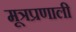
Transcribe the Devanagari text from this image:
मूत्रप्रणाली